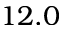
1 2 . 0